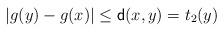
LaTeX: \begin{align*}|g(y)-g(x)|\leq \mathsf{d}(x,y) = t_2(y)\end{align*}